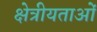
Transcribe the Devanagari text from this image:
क्षेत्रीयताओं